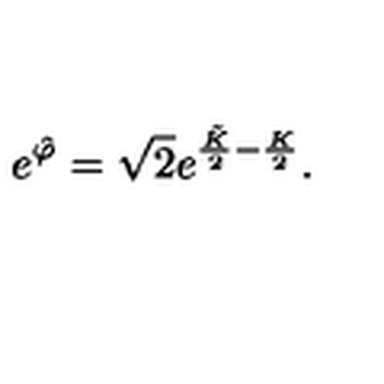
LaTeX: e ^ { \hat { \varphi } } = \sqrt { 2 } e ^ { \frac { \tilde { K } } { 2 } - \frac { K } { 2 } } .